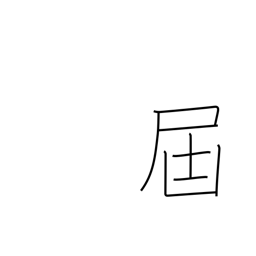
Meaning: forward